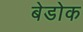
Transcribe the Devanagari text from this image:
बेडोक